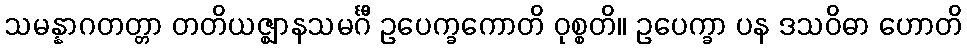
သမန္နာဂတတ္တာ တတိယဇ္ဈာနသမင်္ဂီ ဥပေက္ခကောတိ ဝုစ္စတိ။ ဥပေက္ခာ ပန ဒသဝိဓာ ဟောတိ